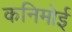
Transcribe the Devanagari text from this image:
कनिमोई